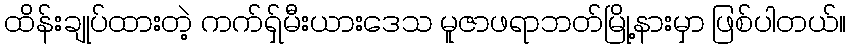
ထိန်းချုပ်ထားတဲ့ ကက်ရှ်မီးယားဒေသ မူဇာဖရာဘတ်မြို့နားမှာ ဖြစ်ပါတယ်။